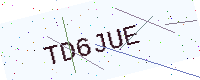
Text: TD6JUE